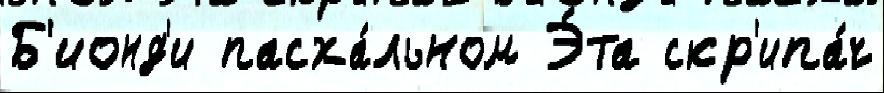
Б'ионд'и пасха́льном Э́та скр'ипа́ч